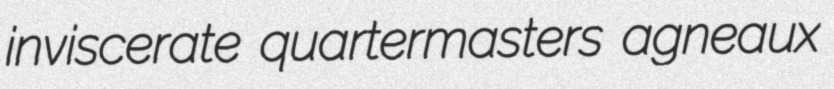
inviscerate quartermasters agneaux